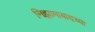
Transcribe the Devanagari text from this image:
निझामाबादच्या